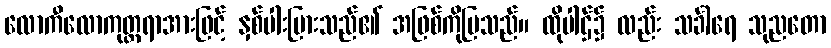
လောကီလောကုတ္တရာအားဖြင့် နှစ်ပါးပြားသည်၏ အဖြစ်ကိုပြသည်။ ထိုပါဌ်၌ လည်း သင်္ခါရေ သုညတော